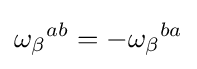
{\omega _{\beta }}^{ab}=-{\omega _{\beta }}^{ba}